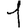
Digit: 1